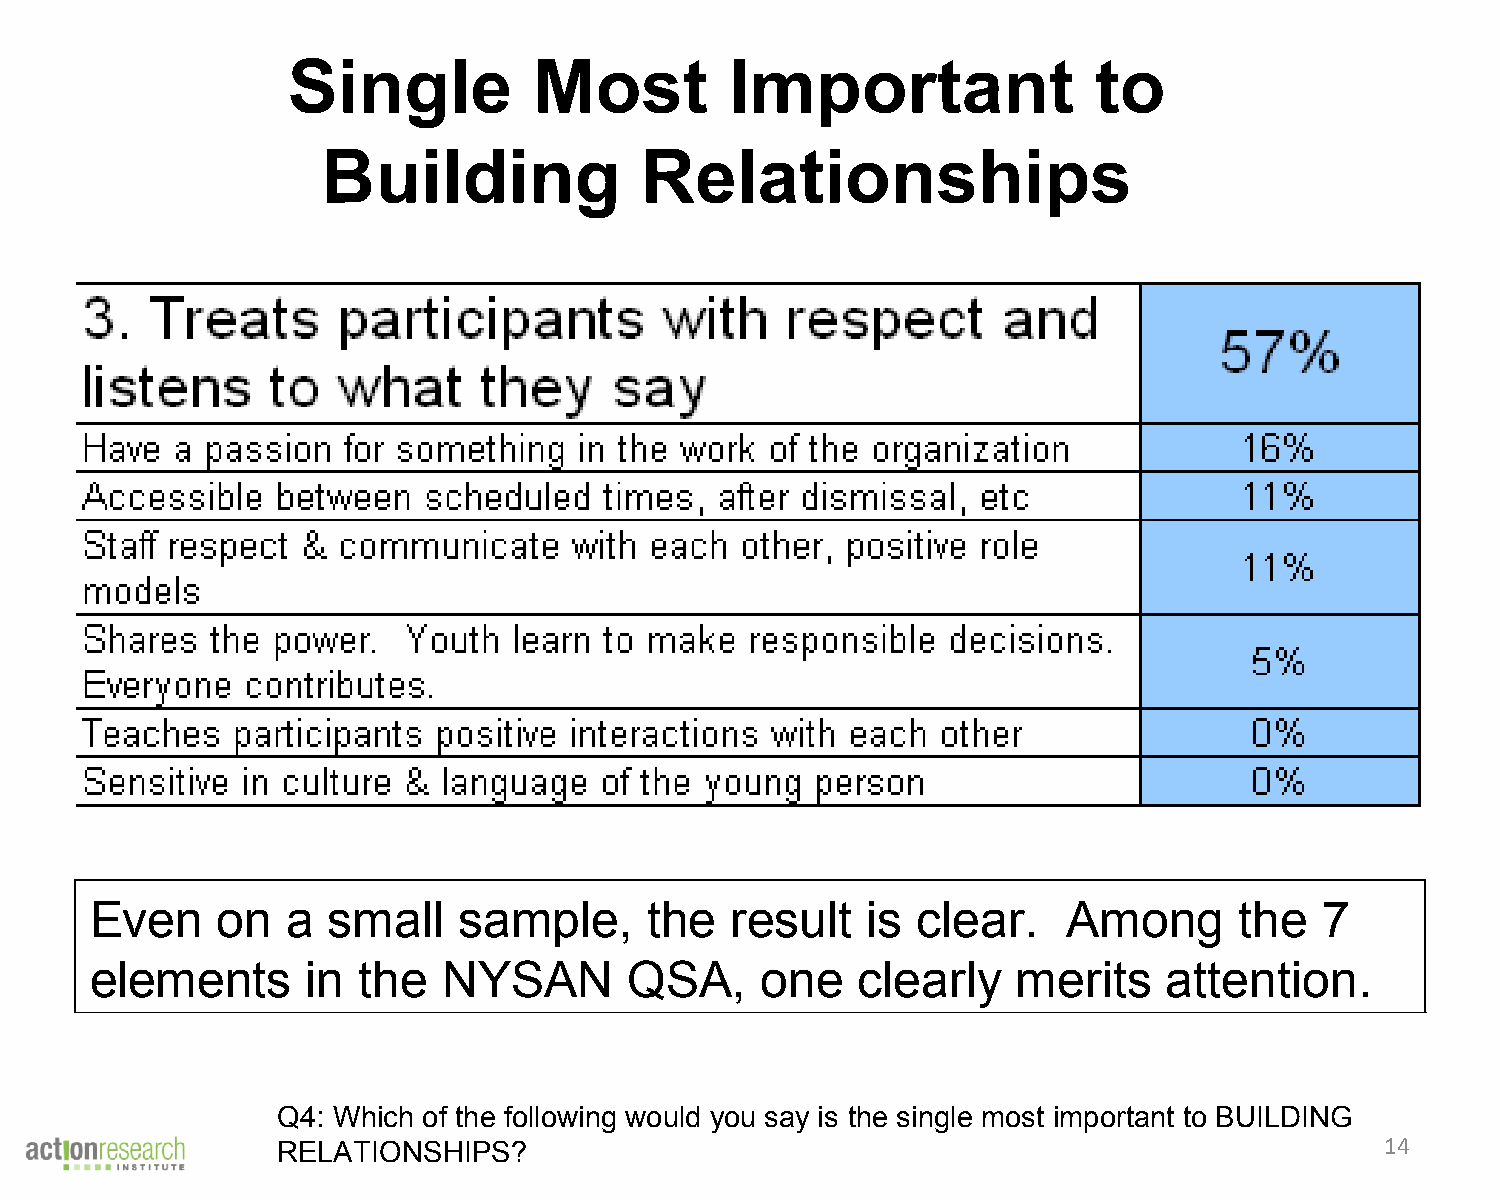
Single          Most         Important               to
 Building             Relationships
 Even    on   a  small   sample,      the  result   is  clear.    Among      the   7
 elements      in  the  NYSAN        QSA,    one    clearly   merits    attention.
 Q4: Which of the following would you say is the single most important to BUILDING
 RELATIONSHIPS?                                                            14